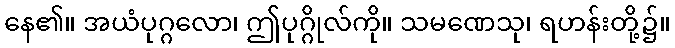
နေ၏။ အယံပုဂ္ဂလော၊ ဤပုဂ္ဂိုလ်ကို။ သမဏေသု၊ ရဟန်းတို့၌။